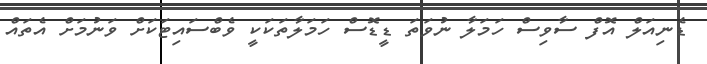
ޑެނިއަލް އޮފް ސާވިސް ހަމަލާ ނުވަތަ ޑީޑޮސް ހަމަލާތަކަކީ ވެބްސައިޓަކަށް ވަނުމަށް އެތައް